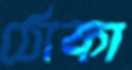
ঠোকা